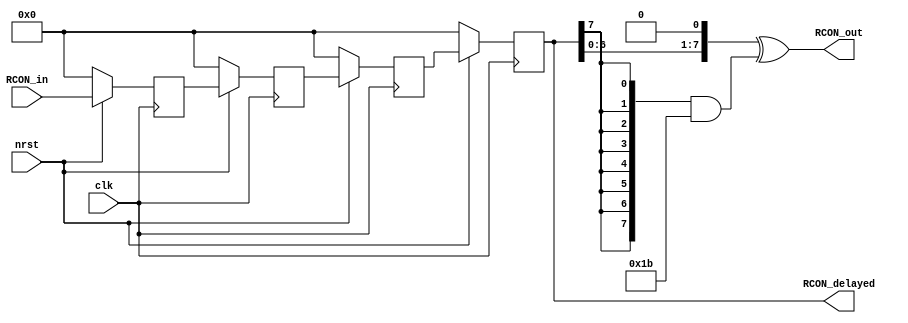
(* fv_prop = "PINI", fv_strat = "flatten" *)
module MSKaes_128bits_pipe_ctrl
#
(
    parameter LATENCY = 4 
)
(
    input clk,
    input nrst,
    input [7:0] RCON_in,
    output [7:0] RCON_delayed,
    output [7:0] RCON_out
);

// Delay pipeline for RCON
genvar i;
generate
for(i=0;i<LATENCY;i=i+1) begin: ctrl_stage
    wire [7:0] D;
    reg [7:0] Q;
    always@(posedge clk) 
    if(~nrst) begin
        Q <= 0;
    end else begin
        Q <= D;
    end
    if (i==0) begin
        assign D = RCON_in; 
    end else begin
        assign D = ctrl_stage[i-1].Q;
    end
end
endgenerate
assign RCON_delayed = ctrl_stage[LATENCY-1].Q;

// LFSR update function for the next value
wire [7:0] shifted_RCON = {RCON_delayed[6:0],1'b0};
wire [7:0] masked_0x1b = {8{RCON_delayed[7]}} & 8'h1b;
assign RCON_out = shifted_RCON ^ masked_0x1b;


endmodule